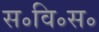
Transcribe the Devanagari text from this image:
स॰वि॰स॰